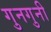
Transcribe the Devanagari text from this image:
गुनगुनी